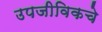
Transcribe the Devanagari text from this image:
उपजीविकचे